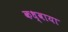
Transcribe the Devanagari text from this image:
कध्वाया